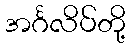
အင်္ဂလိပ်တို့